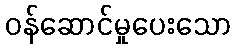
ဝန်ဆောင်မှုပေးသော